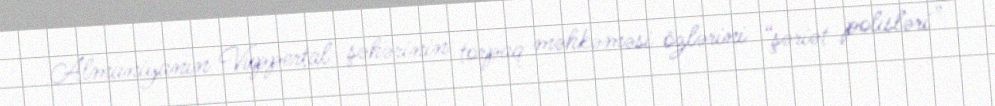
Almaniyanın Vuppertal şəhərinin torpaq məhkəməsi özlərini “şəriət polisləri”